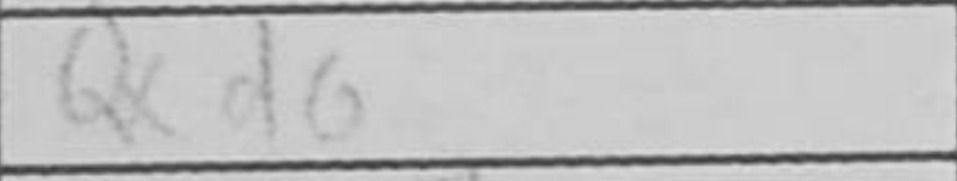
Transcription: Qxd6